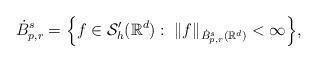
LaTeX: \begin{align*}\dot{B}_{p,r}^{s}=\Big\{f \in \mathcal{S}'_h(\mathbb{R}^{d}):\; \|f\|_{\dot{B}_{p,r}^{s}(\mathbb{R}^{d})}< \infty \Big\},\end{align*}